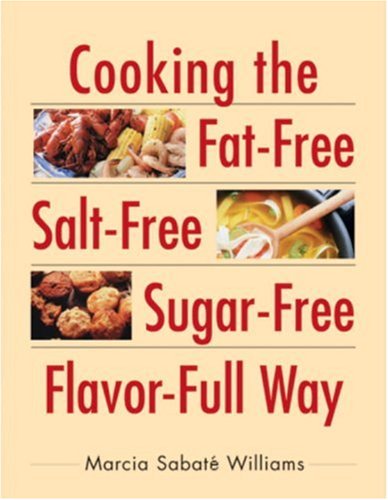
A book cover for Cooking the Fat-Free, Salt-Free, Sugar-Free, Flavor-Full Way; Marcia S. Williams; Cookbooks, Food & Wine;